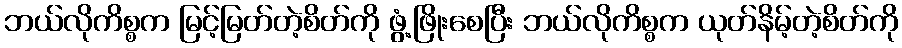
ဘယ်လိုကိစ္စက မြင့်မြတ်တဲ့စိတ်ကို ဖွံ့ဖြိုးစေပြီး ဘယ်လိုကိစ္စက ယုတ်နိမ့်တဲ့စိတ်ကို